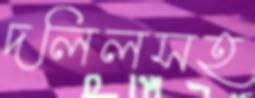
দলিলসহ